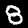
Label: 8